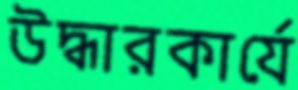
উদ্ধারকার্যে